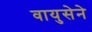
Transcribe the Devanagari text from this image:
वायुसेने